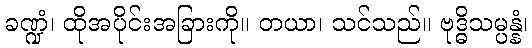
ခဏ္ဍံ၊ ထိုအပိုင်းအခြားကို။ တယာ၊ သင်သည်။ ဗုဒ္ဓိသမ္ပန္နံ၊